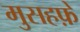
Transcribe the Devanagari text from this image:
मुसहफ़े